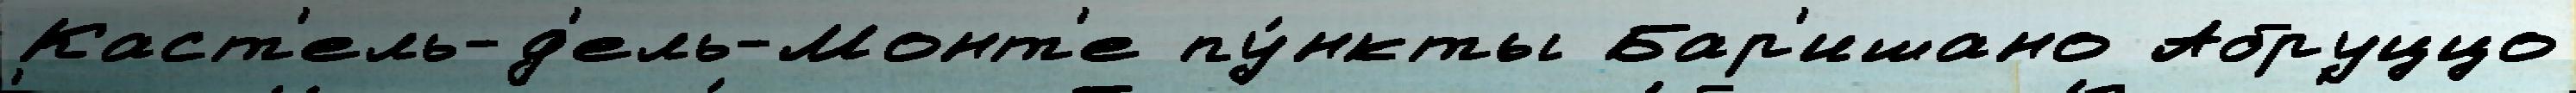
Каст'ель-д'ель-Монт'е пу́нкты Бар'ишано Абруццо